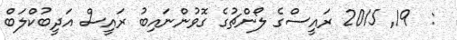
:  19